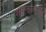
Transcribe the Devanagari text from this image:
शास्त्रावरील